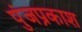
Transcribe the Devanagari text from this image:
पुंजप्रकाश